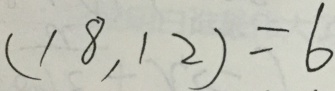
( 1 8 , 1 2 ) = 6